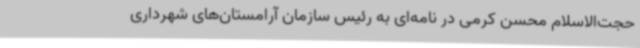
حجت‌الاسلام محسن کرمی در نامه‌ای به رئیس سازمان آرامستان‌های شهرداری